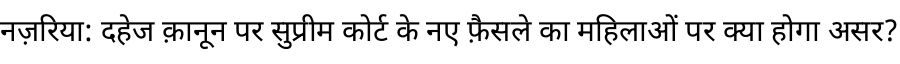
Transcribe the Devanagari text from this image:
नज़रिया: दहेज क़ानून पर सुप्रीम कोर्ट के नए फ़ैसले का महिलाओं पर क्या होगा असर?